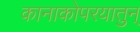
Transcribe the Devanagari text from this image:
कानाकोपरयातुन्